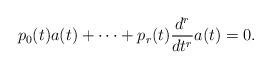
LaTeX: \begin{align*} p_0(t)a(t) + \cdots + p_r(t)\frac{d^r}{dt^r}a(t) = 0. \end{align*}